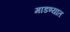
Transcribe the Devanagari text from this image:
माडण्यात